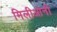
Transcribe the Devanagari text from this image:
मिलीओनी